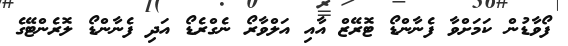
ފޯވާޑުން ކަމަށްވާ ފެނާންޑޯ ޓޮރޭޒް އާއި އަލްވާރޯ ނެގްރެޑޯ އަދި ފެނާންޑޯ ލޮރެންޓޭގެ